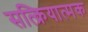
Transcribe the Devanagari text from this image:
सत्क्रियात्मक